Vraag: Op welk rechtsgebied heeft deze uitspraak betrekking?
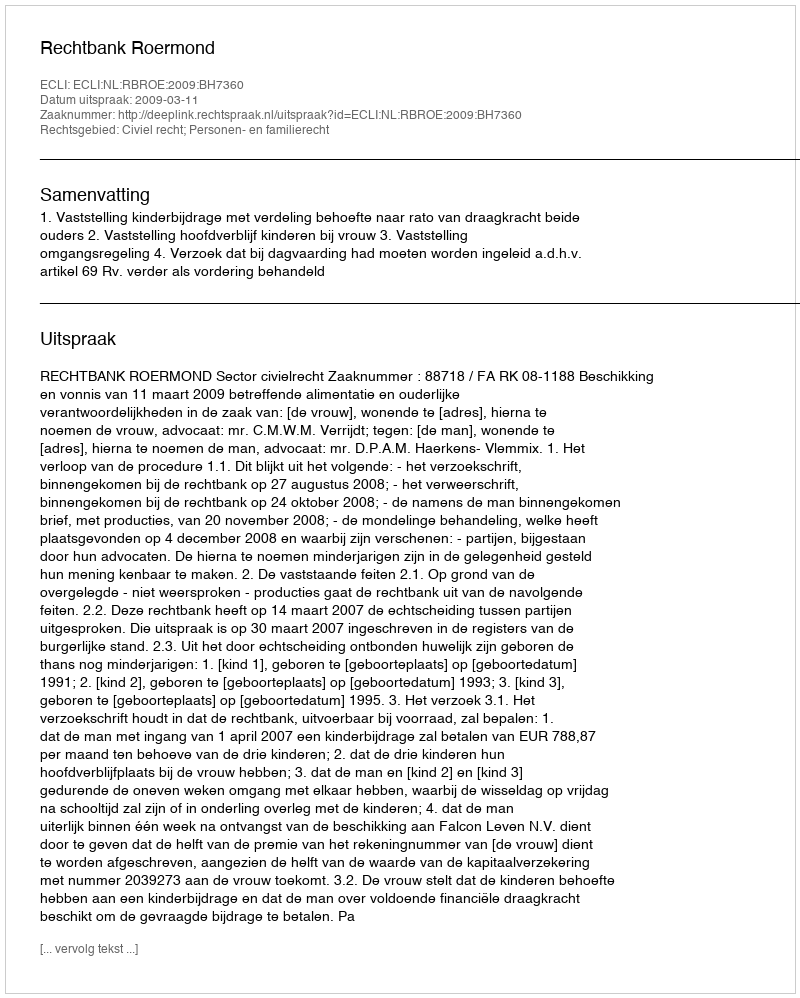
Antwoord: Civiel recht; Personen- en familierecht